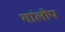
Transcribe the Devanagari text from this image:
गांलोप